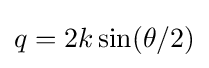
q=2k\sin(\theta /2)